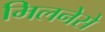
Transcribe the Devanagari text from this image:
मिलनेसे